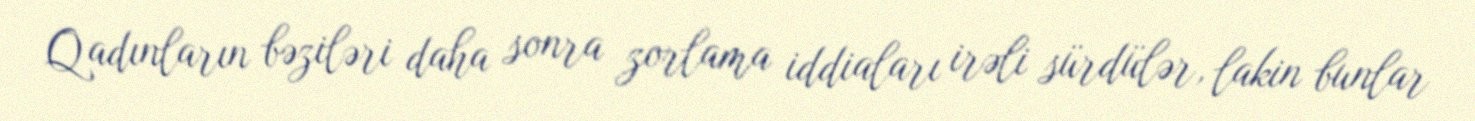
Qadınların bəziləri daha sonra zorlama iddiaları irəli sürdülər, lakin bunlar